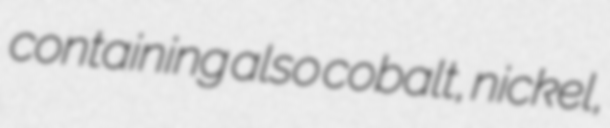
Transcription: containing also cobalt, nickel,